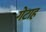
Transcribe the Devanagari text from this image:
गेटाह